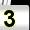
Digit: 3